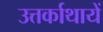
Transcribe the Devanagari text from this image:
उत्तर्काथायें